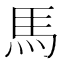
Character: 馬